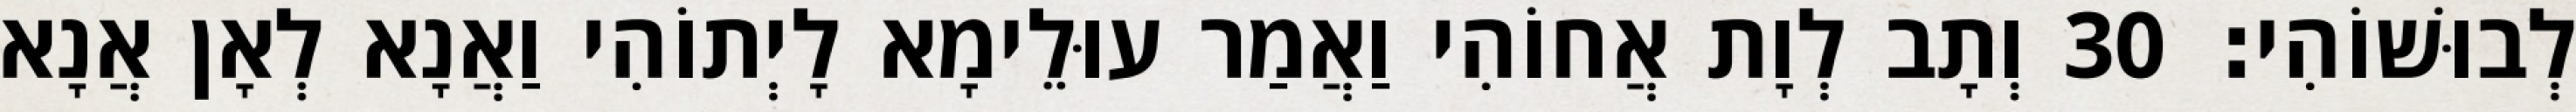
לְבוּשׁוֹהִי׃ 30 וְתָב לְוָת אֲחוֹהִי וַאֲמַר עוּלֵימָא לָיְתוֹהִי וַאֲנָא לְאָן אֲנָא